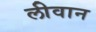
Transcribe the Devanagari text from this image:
लीवान